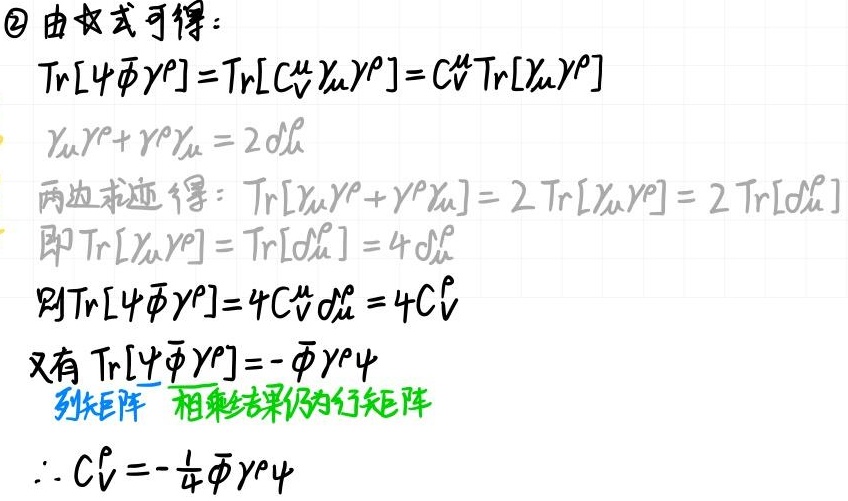
\textcircled{2} 由文式可得：
\[
\begin{align*}
Tr[\psi\bar{\psi}\gamma^{\rho}]&=Tr[C_{V}^{\mu}\gamma_{\mu}\gamma^{\rho}]=C_{V}^{\mu}Tr[\gamma_{\mu}\gamma^{\rho}]\\
\gamma_{\mu}\gamma^{\rho}+\gamma^{\rho}\gamma_{\mu}&=2g_{\mu}^{\rho}\\
\end{align*}
\]
两边求迹得：
\[
\begin{align*}
Tr[\gamma_{\mu}\gamma^{\rho}+\gamma^{\rho}\gamma_{\mu}]&=2Tr[\gamma_{\mu}\gamma^{\rho}]=2Tr[g_{\mu}^{\rho}]\\
\text{即 }Tr[\gamma_{\mu}\gamma^{\rho}]&=Tr[g_{\mu}^{\rho}]=4g_{\mu}^{\rho}\\
\text{则 }Tr[\psi\bar{\psi}\gamma^{\rho}]&=4C_{V}^{\mu}g_{\mu}^{\rho}=4C_{V}^{\rho}\\
\end{align*}
\]
又有 \(Tr[\psi\bar{\psi}\gamma^{\rho}]=-\bar{\psi}\gamma^{\rho}\psi\)
列矢矩阵 相乘结果仍为行矩阵
\(\therefore C_{V}^{\rho}=-\frac{1}{4}\bar{\psi}\gamma^{\rho}\psi\)